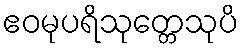
ဧဝမုပရိသုတ္တေသုပိ